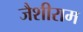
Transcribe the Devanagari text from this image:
जैशीराम